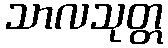
သာလသုတ္တ